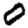
Digit: 0